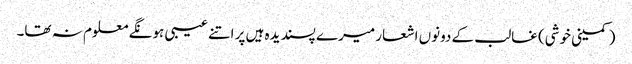
(کمینی خوشی) غالب کے دونوں اشعار میرے پسندیدہ ہیں پر اتنے عیبی ہونگے معلوم نہ تھا۔